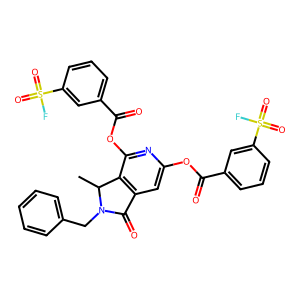
SMILES: CC1c2c(cc(OC(=O)c3cccc(S(=O)(=O)F)c3)nc2OC(=O)c2cccc(S(=O)(=O)F)c2)C(=O)N1Cc1ccccc1
Inhibits HIV replication: No